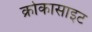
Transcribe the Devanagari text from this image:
क्रोकासाइट